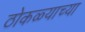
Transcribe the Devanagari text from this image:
ठोकळ्याच्या